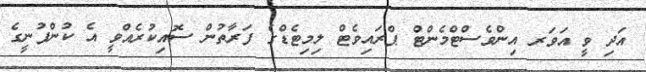
އަދި ވީ އަވަރ އިންވެސްޓްމެންޓް ޕްރައިވެޓް ލިމިޓެޑްގެ ފަރާތުން ސޮއިކުރެއްވީ އެ ކުންފުނީގެ